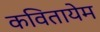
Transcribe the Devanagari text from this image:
कवितायेम